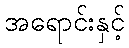
အရောင်းနှင့်